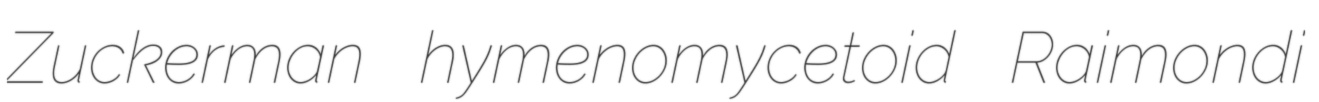
Zuckerman hymenomycetoid Raimondi